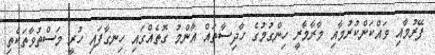
ފޭރުމާއި ވައްކަންކުރުމާއި މާރާމާރީ ހިންގުމުގެ ހާދިސާތައް އާންމު ގޮތެއްގައި ހިނގާފައި ހުރީ މަސްތުވާތަކެތި